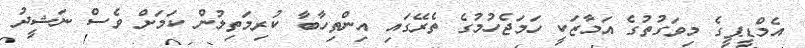
އެމްޑީޕީގެ މިވަގުތުގެ އަމާޒަކީ ހަމަޖެހުމުގެ ތެރޭގައި އިންތިހާބާ ކުރިމަތިލުން ކަމަށް ވެސް ނަޝީދު